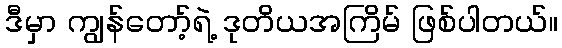
ဒီမှာ ကျွန်တော့်ရဲ့ ဒုတိယအကြိမ် ဖြစ်ပါတယ်။